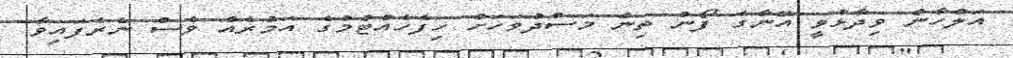
އަލްހާން ވިދާޅުވީ އޭނާގެ ފޯނު ތިން މަސްދުވަހަށް ހިފެހެއްޓުމުގެ އަމުރެއް ވެސް ނެރެފައިވާ